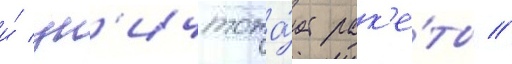
и́ ун'ичтожа́ет рак'е́ты //